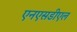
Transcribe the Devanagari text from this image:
एनएसडीएल